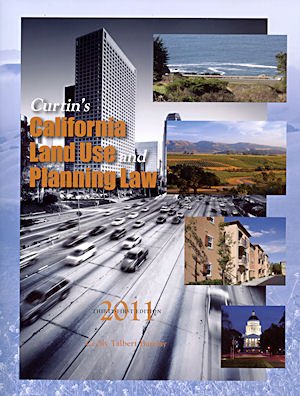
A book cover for Curtin's California Land Use & Planning Law 2011; Law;